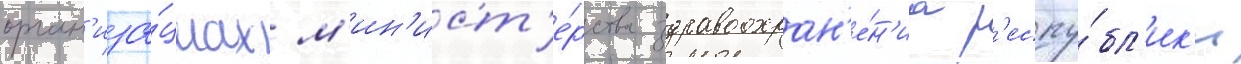
орган'иза́циах м'ин'ист'е́рства здравоохран'е́н'иа р'еспу́бл'ик'и